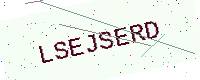
Text: LSEJSERD